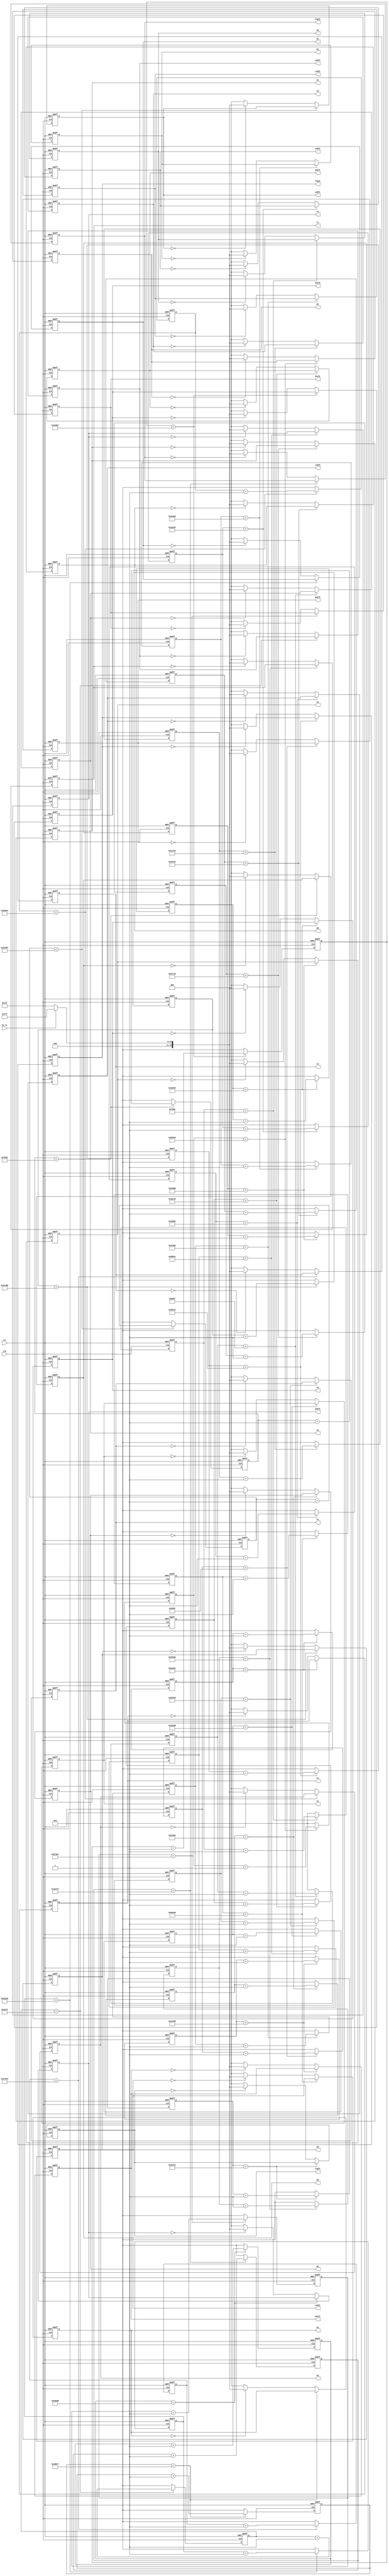
module notegen(
input clk,
input rst,
input hi_lo,

output [15:0] c1,
output [15:0] csdf1,
output [15:0] d1,
output [15:0] dsef1,
output [15:0] e1,
output [15:0] f1,
output [15:0] fsgf1,
output [15:0] g1,
output [15:0] gsaf1,
output [15:0] a1,
output [15:0] asbf1,
output [15:0] b1,

output [15:0] c2,
output [15:0] csdf2,
output [15:0] d2,
output [15:0] dsef2,
output [15:0] e2,
output [15:0] f2,
output [15:0] fsgf2,
output [15:0] g2,
output [15:0] gsaf2,
output [15:0] a2,
output [15:0] asbf2,
output [15:0] b2,

output [15:0] c3,
output [15:0] csdf3,
output [15:0] d3,
output [15:0] dsef3,
output [15:0] e3,
output [15:0] f3,
output [15:0] fsgf3,
output [15:0] g3,
output [15:0] gsaf3,
output [15:0] a3,
output [15:0] asbf3,
output [15:0] b3);

assign c1=C1;
assign csdf1=CSDF1;
assign d1=D1;
assign dsef1=DSEF1;
assign e1=E1;
assign f1=F1;
assign fsgf1=FSGF1;
assign g1=G1;
assign gsaf1=GSAF1;
assign a1=A1;
assign asbf1=ASBF1;
assign b1=B1;

assign c2=C2;
assign csdf2=CSDF2;
assign d2=D2;
assign dsef2=DSEF2;
assign e2=E2;
assign f2=F2;
assign fsgf2=FSGF2;
assign g2=G2;
assign gsaf2=GSAF2;
assign a2=A2;
assign asbf2=ASBF2;
assign b2=B2;

assign c3=C3;
assign csdf3=CSDF3;
assign d3=D3;
assign dsef3=DSEF3;
assign e3=E3;
assign f3=F3;
assign fsgf3=FSGF3;
assign g3=G3;
assign gsaf3=GSAF3;
assign a3=A3;
assign asbf3=ASBF3;
assign b3=B3;

reg [15:0] C1=OFF;
reg [15:0] CSDF1=OFF;
reg [15:0] D1=OFF;
reg [15:0] DSEF1=OFF;
reg [15:0] E1=OFF;
reg [15:0] F1=OFF;
reg [15:0] FSGF1=OFF;
reg [15:0] G1=OFF;
reg [15:0] GSAF1=OFF;
reg [15:0] A1=OFF;
reg [15:0] ASBF1=OFF;
reg [15:0] B1=OFF;

reg [15:0] C2=OFF;
reg [15:0] CSDF2=OFF;
reg [15:0] D2=OFF;
reg [15:0] DSEF2=OFF;
reg [15:0] E2=OFF;
reg [15:0] F2=OFF;
reg [15:0] FSGF2=OFF;
reg [15:0] G2=OFF;
reg [15:0] GSAF2=OFF;
reg [15:0] A2=OFF;
reg [15:0] ASBF2=OFF;
reg [15:0] B2=OFF;

reg [15:0] C3=OFF;
reg [15:0] CSDF3=OFF;
reg [15:0] D3=OFF;
reg [15:0] DSEF3=OFF;
reg [15:0] E3=OFF;
reg [15:0] F3=OFF;
reg [15:0] FSGF3=OFF;
reg [15:0] G3=OFF;
reg [15:0] GSAF3=OFF;
reg [15:0] A3=OFF;
reg [15:0] ASBF3=OFF;
reg [15:0] B3=OFF;

reg [19:0] count_C1=20'd0;
reg [19:0] count_CSDF1=20'd0;
reg [19:0] count_D1=20'd0;
reg [19:0] count_DSEF1=20'd0;
reg [19:0] count_E1=20'd0;
reg [19:0] count_F1=20'd0;
reg [19:0] count_FSGF1=20'd0;
reg [19:0] count_G1=20'd0;
reg [19:0] count_GSAF1=20'd0;
reg [19:0] count_A1=20'd0;
reg [19:0] count_ASBF1=20'd0;
reg [19:0] count_B1=20'd0;

reg [19:0] count_C2=20'd0;
reg [19:0] count_CSDF2=20'd0;
reg [19:0] count_D2=20'd0;
reg [19:0] count_DSEF2=20'd0;
reg [19:0] count_E2=20'd0;
reg [19:0] count_F2=20'd0;
reg [19:0] count_FSGF2=20'd0;
reg [19:0] count_G2=20'd0;
reg [19:0] count_GSAF2=20'd0;
reg [19:0] count_A2=20'd0;
reg [19:0] count_ASBF2=20'd0;
reg [19:0] count_B2=20'd0;

reg [19:0] count_C3=20'd0;
reg [19:0] count_CSDF3=20'd0;
reg [19:0] count_D3=20'd0;
reg [19:0] count_DSEF3=20'd0;
reg [19:0] count_E3=20'd0;
reg [19:0] count_F3=20'd0;
reg [19:0] count_FSGF3=20'd0;
reg [19:0] count_G3=20'd0;
reg [19:0] count_GSAF3=20'd0;
reg [19:0] count_A3=20'd0;
reg [19:0] count_ASBF3=20'd0;
reg [19:0] count_B3=20'd0;
					
parameter DIV_C1=20'd382225;
parameter DIV_CSDF1=20'd360774;
parameter DIV_D1=20'd340525;
parameter DIV_DSEF1=20'd321413;
parameter DIV_E1=20'd303372;
parameter DIV_F1=20'd286346;
parameter DIV_FSGF1=20'd270275;
parameter DIV_G1=20'd255105;
parameter DIV_GSAF1=20'd240788;
parameter DIV_A1=20'd227273;
parameter DIV_ASBF1=20'd214517;
parameter DIV_B1=20'd202477;

parameter DIV_C2=20'd191113;
parameter DIV_CSDF2=20'd180386;
parameter DIV_D2=20'd170262;
parameter DIV_DSEF2=20'd160706;
parameter DIV_E2=20'd151686;
parameter DIV_F2=20'd143173;
parameter DIV_FSGF2=20'd135137;
parameter DIV_G2=20'd127553;
parameter DIV_GSAF2=20'd120393;
parameter DIV_A2=20'd113636;
parameter DIV_ASBF2=20'd107258;
parameter DIV_B2=20'd101239;

parameter DIV_C3=20'd95556;
parameter DIV_CSDF3=20'd90193;
parameter DIV_D3=20'd85131;
parameter DIV_DSEF3=20'd80353;
parameter DIV_E3=20'd75843;
parameter DIV_F3=20'd71587;
parameter DIV_FSGF3=20'd67569;
parameter DIV_G3=20'd63776;
parameter DIV_GSAF3=20'd60197;
parameter DIV_A3=20'd56818;
parameter DIV_ASBF3=20'd53629;
parameter DIV_B3=20'd50619;
				
parameter OFF = 16'b0;
//parameter ON = 16'b0111111111111111;

reg [15:0] ON;

always @ (hi_lo)
begin
if (hi_lo==1'b1)
	begin
	ON<=16'b0000011111111111;
	end
	else
	begin
	ON<=16'b0000000111111111;
	end
end
								
always @ (posedge clk or negedge rst) 
begin	
	if (rst==1'b0)
		begin
count_C1<=20'd0;
count_CSDF1<=20'd0;
count_D1<=20'd0;
count_DSEF1<=20'd0;
count_E1<=20'd0;
count_F1<=20'd0;
count_FSGF1<=20'd0;
count_G1<=20'd0;
count_GSAF1<=20'd0;
count_A1<=20'd0;
count_ASBF1<=20'd0;
count_B1<=20'd0;

count_C2<=20'd0;
count_CSDF2<=20'd0;
count_D2<=20'd0;
count_DSEF2<=20'd0;
count_E2<=20'd0;
count_F2<=20'd0;
count_FSGF2<=20'd0;
count_G2<=20'd0;
count_GSAF2<=20'd0;
count_A2<=20'd0;
count_ASBF2<=20'd0;
count_B2<=20'd0;

count_C3<=20'd0;
count_CSDF3<=20'd0;
count_D3<=20'd0;
count_DSEF3<=20'd0;
count_E3<=20'd0;
count_F3<=20'd0;
count_FSGF3<=20'd0;
count_G3<=20'd0;
count_GSAF3<=20'd0;
count_A3<=20'd0;
count_ASBF3<=20'd0;
count_B3<=20'd0;

C1<=OFF;
CSDF1<=OFF;
D1<=OFF;
DSEF1<=OFF;
E1<=OFF;
F1<=OFF;
FSGF1<=OFF;
G1<=OFF;
GSAF1<=OFF;
A1<=OFF;
ASBF1<=OFF;
B1<=OFF;

C2<=OFF;
CSDF2<=OFF;
D2<=OFF;
DSEF2<=OFF;
E2<=OFF;
F2<=OFF;
FSGF2<=OFF;
G2<=OFF;
GSAF2<=OFF;
A2<=OFF;
ASBF2<=OFF;
B2<=OFF;

C3<=OFF;
CSDF3<=OFF;
D3<=OFF;
DSEF3<=OFF;
E3<=OFF;
F3<=OFF;
FSGF3<=OFF;
G3<=OFF;
GSAF3<=OFF;
A3<=OFF;
ASBF3<=OFF;
B3<=OFF;
end
	else
	begin
			

if (count_C1 < DIV_C1) 
begin
count_C1<=count_C1+1'b1;
end
else
begin
count_C1<=20'b0;
C1<=(C1==OFF)?ON:OFF;
end

if (count_CSDF1 < DIV_CSDF1) 
begin
count_CSDF1<=count_CSDF1+1'b1;
end
else
begin
count_CSDF1<=20'b0;
CSDF1<=(CSDF1==OFF)?ON:OFF;
end

if (count_D1 < DIV_D1) 
begin
count_D1<=count_D1+1'b1;
end
else
begin
count_D1<=20'b0;
D1<=(D1==OFF)?ON:OFF;
end

if (count_DSEF1 < DIV_DSEF1) 
begin
count_DSEF1<=count_DSEF1+1'b1;
end
else
begin
count_DSEF1<=20'b0;
DSEF1<=(DSEF1==OFF)?ON:OFF;
end

if (count_E1 < DIV_E1) 
begin
count_E1<=count_E1+1'b1;
end
else
begin
count_E1<=20'b0;
E1<=(E1==OFF)?ON:OFF;
end

if (count_F1 < DIV_F1) 
begin
count_F1<=count_F1+1'b1;
end
else
begin
count_F1<=20'b0;
F1<=(F1==OFF)?ON:OFF;
end

if (count_FSGF1 < DIV_FSGF1) 
begin
count_FSGF1<=count_FSGF1+1'b1;
end
else
begin
count_FSGF1<=20'b0;
FSGF1<=(FSGF1==OFF)?ON:OFF;
end

if (count_G1 < DIV_G1) 
begin
count_G1<=count_G1+1'b1;
end
else
begin
count_G1<=20'b0;
G1<=(G1==OFF)?ON:OFF;
end

if (count_GSAF1 < DIV_GSAF1) 
begin
count_GSAF1<=count_GSAF1+1'b1;
end
else
begin
count_GSAF1<=20'b0;
GSAF1<=(GSAF1==OFF)?ON:OFF;
end

if (count_A1 < DIV_A1) 
begin
count_A1<=count_A1+1'b1;
end
else
begin
count_A1<=20'b0;
A1<=(A1==OFF)?ON:OFF;
end

if (count_ASBF1 < DIV_ASBF1) 
begin
count_ASBF1<=count_ASBF1+1'b1;
end
else
begin
count_ASBF1<=20'b0;
ASBF1<=(ASBF1==OFF)?ON:OFF;
end

if (count_B1 < DIV_B1) 
begin
count_B1<=count_B1+1'b1;
end
else
begin
count_B1<=20'b0;
B1<=(B1==OFF)?ON:OFF;
end


if (count_C2 < DIV_C2) 
begin
count_C2<=count_C2+1'b1;
end
else
begin
count_C2<=20'b0;
C2<=(C2==OFF)?ON:OFF;
end

if (count_CSDF2 < DIV_CSDF2) 
begin
count_CSDF2<=count_CSDF2+1'b1;
end
else
begin
count_CSDF2<=20'b0;
CSDF2<=(CSDF2==OFF)?ON:OFF;
end

if (count_D2 < DIV_D2) 
begin
count_D2<=count_D2+1'b1;
end
else
begin
count_D2<=20'b0;
D2<=(D2==OFF)?ON:OFF;
end

if (count_DSEF2 < DIV_DSEF2) 
begin
count_DSEF2<=count_DSEF2+1'b1;
end
else
begin
count_DSEF2<=20'b0;
DSEF2<=(DSEF2==OFF)?ON:OFF;
end

if (count_E2 < DIV_E2) 
begin
count_E2<=count_E2+1'b1;
end
else
begin
count_E2<=20'b0;
E2<=(E2==OFF)?ON:OFF;
end

if (count_F2 < DIV_F2) 
begin
count_F2<=count_F2+1'b1;
end
else
begin
count_F2<=20'b0;
F2<=(F2==OFF)?ON:OFF;
end

if (count_FSGF2 < DIV_FSGF2) 
begin
count_FSGF2<=count_FSGF2+1'b1;
end
else
begin
count_FSGF2<=20'b0;
FSGF2<=(FSGF2==OFF)?ON:OFF;
end

if (count_G2 < DIV_G2) 
begin
count_G2<=count_G2+1'b1;
end
else
begin
count_G2<=20'b0;
G2<=(G2==OFF)?ON:OFF;
end

if (count_GSAF2 < DIV_GSAF2) 
begin
count_GSAF2<=count_GSAF2+1'b1;
end
else
begin
count_GSAF2<=20'b0;
GSAF2<=(GSAF2==OFF)?ON:OFF;
end

if (count_A2 < DIV_A2) 
begin
count_A2<=count_A2+1'b1;
end
else
begin
count_A2<=20'b0;
A2<=(A2==OFF)?ON:OFF;
end

if (count_ASBF2 < DIV_ASBF2) 
begin
count_ASBF2<=count_ASBF2+1'b1;
end
else
begin
count_ASBF2<=20'b0;
ASBF2<=(ASBF2==OFF)?ON:OFF;
end

if (count_B2 < DIV_B2) 
begin
count_B2<=count_B2+1'b1;
end
else
begin
count_B2<=20'b0;
B2<=(B2==OFF)?ON:OFF;
end


if (count_C3 < DIV_C3) 
begin
count_C3<=count_C3+1'b1;
end
else
begin
count_C3<=20'b0;
C3<=(C3==OFF)?ON:OFF;
end

if (count_CSDF3 < DIV_CSDF3) 
begin
count_CSDF3<=count_CSDF3+1'b1;
end
else
begin
count_CSDF3<=20'b0;
CSDF3<=(CSDF3==OFF)?ON:OFF;
end

if (count_D3 < DIV_D3) 
begin
count_D3<=count_D3+1'b1;
end
else
begin
count_D3<=20'b0;
D3<=(D3==OFF)?ON:OFF;
end

if (count_DSEF3 < DIV_DSEF3) 
begin
count_DSEF3<=count_DSEF3+1'b1;
end
else
begin
count_DSEF3<=20'b0;
DSEF3<=(DSEF3==OFF)?ON:OFF;
end

if (count_E3 < DIV_E3) 
begin
count_E3<=count_E3+1'b1;
end
else
begin
count_E3<=20'b0;
E3<=(E3==OFF)?ON:OFF;
end

if (count_F3 < DIV_F3) 
begin
count_F3<=count_F3+1'b1;
end
else
begin
count_F3<=20'b0;
F3<=(F3==OFF)?ON:OFF;
end

if (count_FSGF3 < DIV_FSGF3) 
begin
count_FSGF3<=count_FSGF3+1'b1;
end
else
begin
count_FSGF3<=20'b0;
FSGF3<=(FSGF3==OFF)?ON:OFF;
end

if (count_G3 < DIV_G3) 
begin
count_G3<=count_G3+1'b1;
end
else
begin
count_G3<=20'b0;
G3<=(G3==OFF)?ON:OFF;
end

if (count_GSAF3 < DIV_GSAF3) 
begin
count_GSAF3<=count_GSAF3+1'b1;
end
else
begin
count_GSAF3<=20'b0;
GSAF3<=(GSAF3==OFF)?ON:OFF;
end

if (count_A3 < DIV_A3) 
begin
count_A3<=count_A3+1'b1;
end
else
begin
count_A3<=20'b0;
A3<=(A3==OFF)?ON:OFF;
end

if (count_ASBF3 < DIV_ASBF3) 
begin
count_ASBF3<=count_ASBF3+1'b1;
end
else
begin
count_ASBF3<=20'b0;
ASBF3<=(ASBF3==OFF)?ON:OFF;
end

if (count_B3 < DIV_B3) 
begin
count_B3<=count_B3+1'b1;
end
else
begin
count_B3<=20'b0;
B3<=(B3==OFF)?ON:OFF;
end


						

	end
end	
				 
endmodule